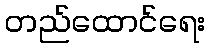
တည်ထောင်ရေး